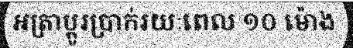
អត្រាប្តូរប្រាក់រយៈពេល ១០ ម៉ោង